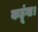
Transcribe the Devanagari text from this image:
कहूंगा।